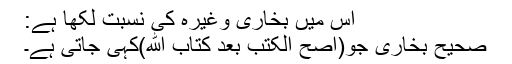
اس میں بخاری وغیرہ کی نسبت لکھا ہے:
صحیح بخاری جو(اصح الکتب بعد کتاب الله)کہی جاتی ہے۔